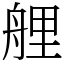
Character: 艃